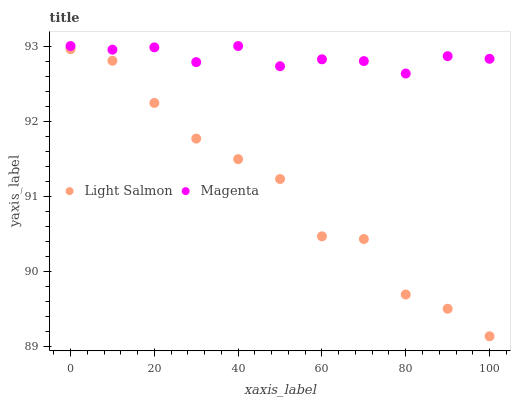
| xaxis_label | Light Salmon | Magenta |
 | --- | --- | --- |
 | 0 | 93 | 93 |
 | 10 | 92.8 | 93 |
 | 20 | 92.2 | 93 |
 | 30 | 91.8 | 92.8 |
 | 40 | 91.5 | 93 |
 | 50 | 91.2 | 92.7 |
 | 60 | 90.5 | 92.8 |
 | 70 | 90.4 | 92.8 |
 | 80 | 89.7 | 92.6 |
 | 90 | 89.5 | 92.9 |
 | 100 | 89.1 | 92.8 |